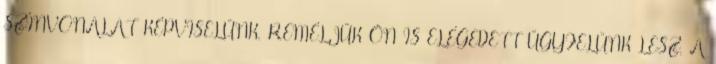
SZÍNVONALAT KÉPVISELÜNK. REMÉLJÜK ÖN IS ELÉGEDETT ÜGYFELÜNK LESZ. A